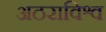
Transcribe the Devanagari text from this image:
अठराविश्व